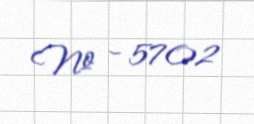
№ - 5702